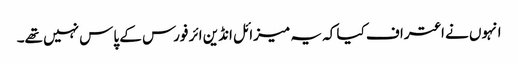
انہوں نے اعتراف کیا کہ یہ میزائل انڈین ائر فورس کے پاس نہیں تھے۔